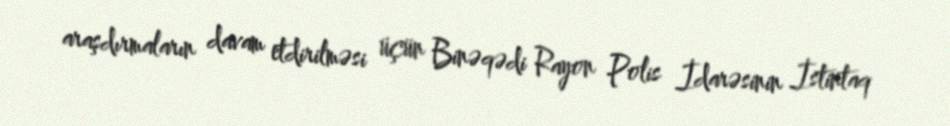
araşdırmaların davam etdirilməsi üçün Binəqədi Rayon Polis İdarəsinin İstintaq